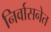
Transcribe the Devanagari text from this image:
निर्वासनेत